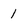
Character: 1